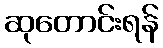
ဆုတောင်းရန်